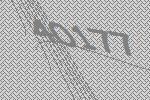
40177